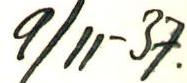
9/11-37.